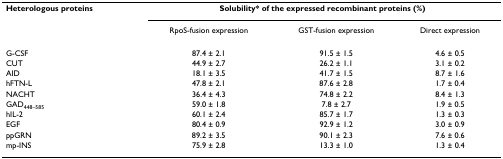
<table><thead><tr><td><b>Heterologous proteins</b></td><td colspan="3"><b>Solubility* of the expressed recombinant proteins (%)</b></td></tr><tr><td></td><td><b>RpoS-fusion expression</b></td><td><b>GST-fusion expression</b></td><td><b>Direct expression</b></td></tr></thead><tbody><tr><td>G-CSF</td><td>87.4 ± 2.1</td><td>91.5 ± 1.5</td><td>4.6 ± 0.5</td></tr><tr><td>CUT</td><td>44.9 ± 2.7</td><td>26.2 ± 1.1</td><td>3.1 ± 0.2</td></tr><tr><td>AID</td><td>18.1 ± 3.5</td><td>41.7 ± 1.5</td><td>8.7 ± 1.6</td></tr><tr><td>hFTN-L</td><td>47.8 ± 2.1</td><td>87.6 ± 2.8</td><td>1.7 ± 0.4</td></tr><tr><td>NACHT</td><td>36.4 ± 4.3</td><td>74.8 ± 2.2</td><td>8.4 ± 1.3</td></tr><tr><td>GAD<sub>448–585</sub></td><td>59.0 ± 1.8</td><td>7.8 ± 2.7</td><td>1.9 ± 0.5</td></tr><tr><td>hIL-2</td><td>60.1 ± 2.4</td><td>85.7 ± 1.7</td><td>1.3 ± 0.3</td></tr><tr><td>EGF</td><td>80.4 ± 0.9</td><td>92.9 ± 1.2</td><td>3.0 ± 0.9</td></tr><tr><td>ppGRN</td><td>89.2 ± 3.5</td><td>90.1 ± 2.3</td><td>7.6 ± 0.6</td></tr><tr><td>mp-INS</td><td>75.9 ± 2.8</td><td>13.3 ± 1.0</td><td>1.3 ± 0.4</td></tr></tbody></table>